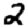
Digit: 2